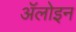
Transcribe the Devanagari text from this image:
ॲलोइन